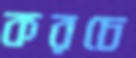
করচে